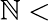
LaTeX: \mathbb{N}<